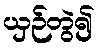
ယှဉ်တွဲ၍